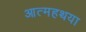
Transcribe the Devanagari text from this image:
आत्महथया